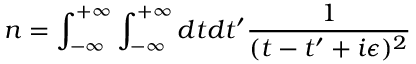
n = \int _ { - \infty } ^ { + \infty } \int _ { - \infty } ^ { + \infty } d t d t ^ { \prime } { \frac { 1 } { ( t - t ^ { \prime } + i \epsilon ) ^ { 2 } } }